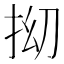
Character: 𫼡